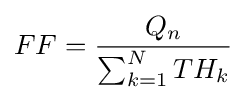
FF={Q_{n} \over \sum _{k=1}^{N}TH_{k}}